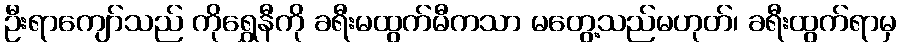
ဦးရာကျော်သည် ကိုရွှေနီကို ခရီးမထွက်မီကသာ မတွေ့သည်မဟုတ်၊ ခရီးထွက်ရာမှ